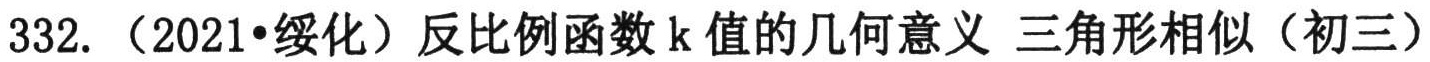
332.（2021•绥化）反比例函数k值的几何意义 三角形相似（初三）